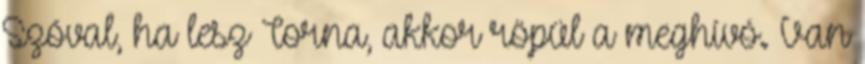
Szóval, ha lesz Torna, akkor röpül a meghívó. Van